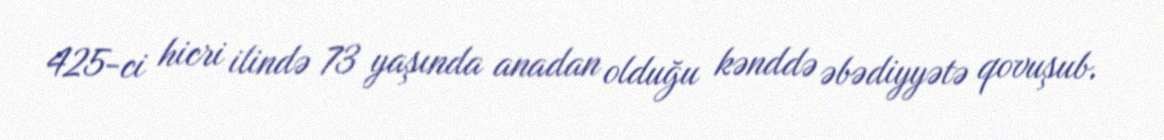
425-ci hicri ilində 73 yaşında anadan olduğu kənddə əbədiyyətə qovuşub.